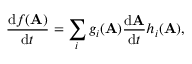
{ \frac { \mathrm { d } f ( \mathbf { A } ) } { \mathrm { d } t } } = \sum _ { i } g _ { i } ( \mathbf { A } ) { \frac { \mathrm { d } \mathbf { A } } { \mathrm { d } t } } h _ { i } ( \mathbf { A } ) ,